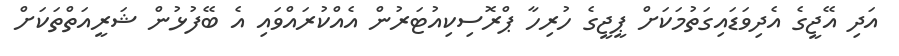
އަދި އޭޖީގެ އެދިވަޑައިގަތުމަކަށް ޕީޖީގެ ހުރިހާ ޕްރޮސިކިއުޓަރުން އެއްކުރައްވައި އެ ބޭފުޅުން ޝަރީއަތްތަކަށް